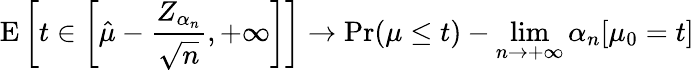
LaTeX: \operatorname{E}\left[t\in\left[{\hat{\mu}}-{\frac{Z_{\alpha_{n}}}{\sqrt{n}}},+\infty\right]\right]\rightarrow\operatorname*{Pr}(\mu\leq t)-\operatorname*{lim}_{n\rightarrow+\infty}\alpha_{n}[\mu_{0}=t]